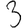
Digit: 3